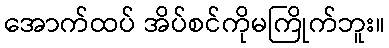
အောက်ထပ် အိပ်စင်ကိုမကြိုက်ဘူး။